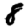
Digit: 8